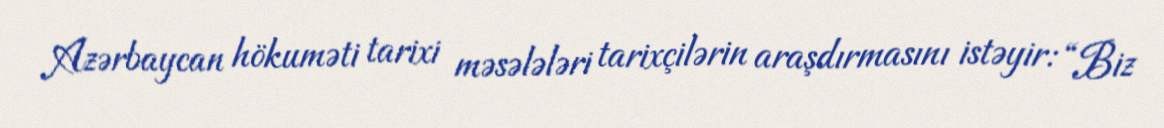
Azərbaycan hökuməti tarixi məsələləri tarixçilərin araşdırmasını istəyir: “Biz